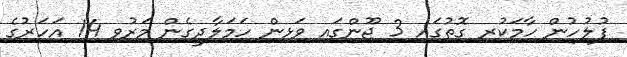
ފުލުހުން ހާމަކުރި ގޮތުގައި 3 ޖޫންގައި ވަޅިން ހަމަލާދީގެން މަރުވި 14 އަހަރުގެ